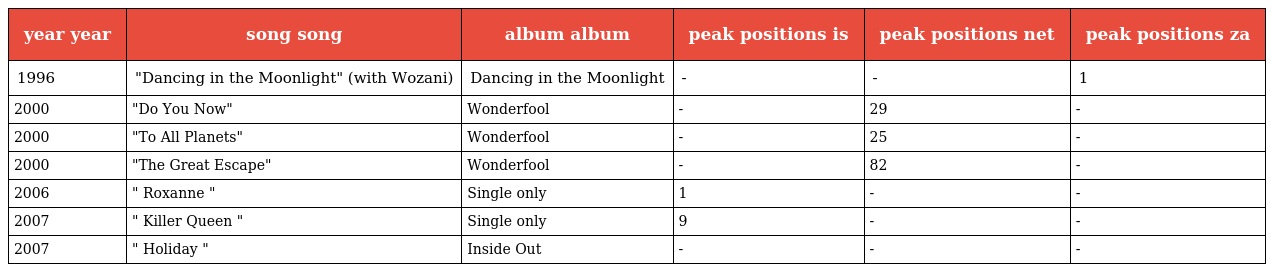
| year year | song song | album album | peak positions is | peak positions net | peak positions za |
 | --- | --- | --- | --- | --- | --- |
 | 1996 | "Dancing in the Moonlight" (with Wozani) | Dancing in the Moonlight | - | - | 1 |
 | 2000 | "Do You Now" | Wonderfool | - | 29 | - |
 | 2000 | "To All Planets" | Wonderfool | - | 25 | - |
 | 2000 | "The Great Escape" | Wonderfool | - | 82 | - |
 | 2006 | " Roxanne " | Single only | 1 | - | - |
 | 2007 | " Killer Queen " | Single only | 9 | - | - |
 | 2007 | " Holiday " | Inside Out | - | - | - |